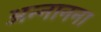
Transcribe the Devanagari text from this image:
अन्नानना